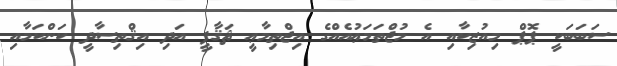
ސަބަބަކީ ޕޮޕް މިއުޒިކާއި އެ މުޖްތަމަޢުއެއްގެ އިޖްތިމާޢީ ޘަޤާފީ އަދި އިޤްތިސާދީ ކަންކަމާއި